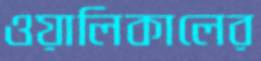
ওয়ালিকালের